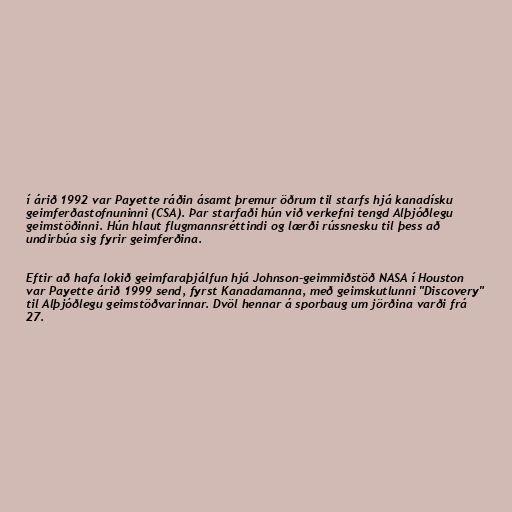
í árið 1992 var Payette ráðin ásamt þremur öðrum til starfs hjá kanadísku
geimferðastofnuninni (CSA). Þar starfaði hún við verkefni tengd Alþjóðlegu
geimstöðinni. Hún hlaut flugmannsréttindi og lærði rússnesku til þess að
undirbúa sig fyrir geimferðina.

Eftir að hafa lokið geimfaraþjálfun hjá Johnson-geimmiðstöð NASA í Houston
var Payette árið 1999 send, fyrst Kanadamanna, með geimskutlunni "Discovery"
til Alþjóðlegu geimstöðvarinnar. Dvöl hennar á sporbaug um jörðina varði frá
27.